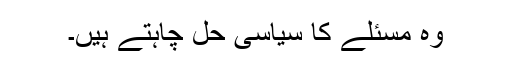
وہ مسئلے کا سیاسی حل چاہتے ہیں۔